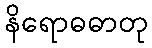
နိရောဓဓာတု